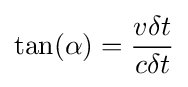
\tan(\alpha )={\frac {v\delta t}{c\delta t}}